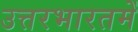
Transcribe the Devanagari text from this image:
उत्तरभारतमें